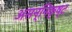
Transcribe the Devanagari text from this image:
असन्निकृष्ट